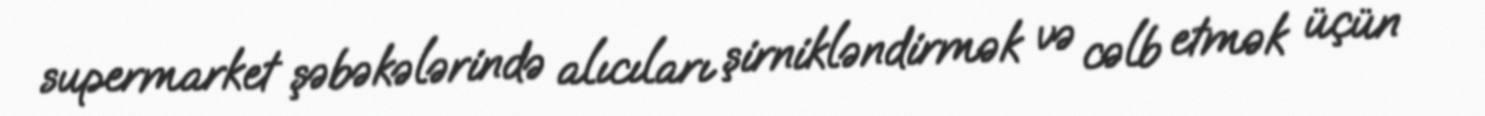
supermarket şəbəkələrində alıcıları şirnikləndirmək və cəlb etmək üçün